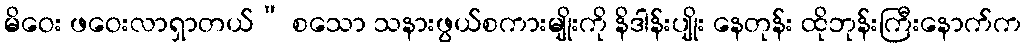
မိဝေး ဖဝေးလာရှာတယ်” စသော သနားဖွယ်စကားမျိုးကို နိဒါန်းပျိုး နေတုန်း ထိုဘုန်းကြီးနောက်က